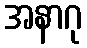
အနာဂု